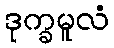
ဒုက္ခမူလံ